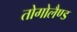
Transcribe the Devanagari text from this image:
तोगोलैण्ड